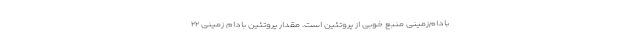
بادام‌زمینی منبع خوبی از پروتئین است. مقدار پروتئین بادام‌ زمینی ۲۲